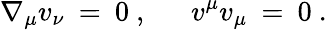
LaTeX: \nabla_{\mu}v_{\nu}\: =\: 0\ ,\ \ \ \ \ \ v^{\mu}v_{\mu}\: =\: 0\ .